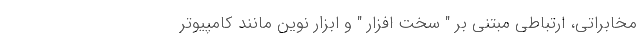
مخابراتی‌، ارتباطی مبتنی بر " سخت افزار " و ابزار نوین مانند کامپیوتر